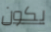
يكون